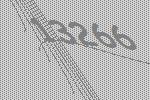
13266